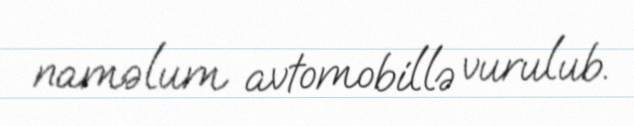
naməlum avtomobillə vurulub.